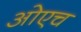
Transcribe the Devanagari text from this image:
ओएच